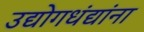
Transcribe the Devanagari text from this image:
उद्योगधंद्यांना